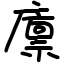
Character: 廪